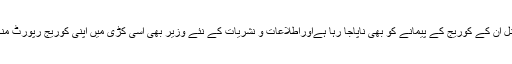
اب چینل در چینل ان کے کوریج کے پیمانے کو بھی ناپاجا رہا ہےاوراطلاعات و نشریات کے نئے وزیر بھی اسی کڑی میں اپنی کوریج رپورٹ منگانے لگے ہیں۔